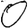
Digit: 0